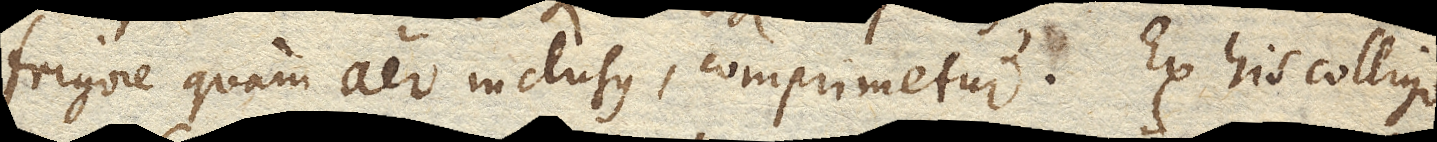
frigore quam aer inclusus, comprimetur. Ex his colligo